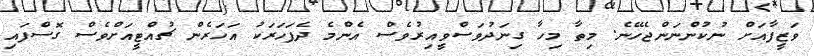
ވަޒީފާއަށް ނުކުންނަންޖެހޭނެ. މިތާ މިހާ ގިނަދުވަސްވީއިރުވެސް އެންމެ ދެފަހަރަކު އަހަރެން ޗުއްޓީއަށްވެސް ގޮސްފައި